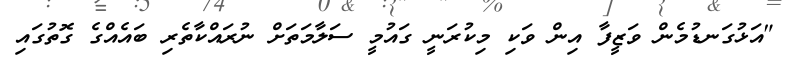
"އަޅުގަނޑުމެން ވަޒީފާ އިން ވަކި މިކުރަނީ ގައުމީ ސަލާމަތަށް ނުރައްކާތެރި ބައެއްގެ ގޮތުގައި